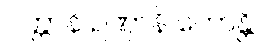
ဂတ္တာနိ ဥဏှာနိ ဟောန္တိ။